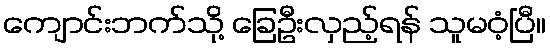
ကျောင်းဘက်သို့ ခြေဦးလှည့်ရန် သူမဝံ့ပြီ။